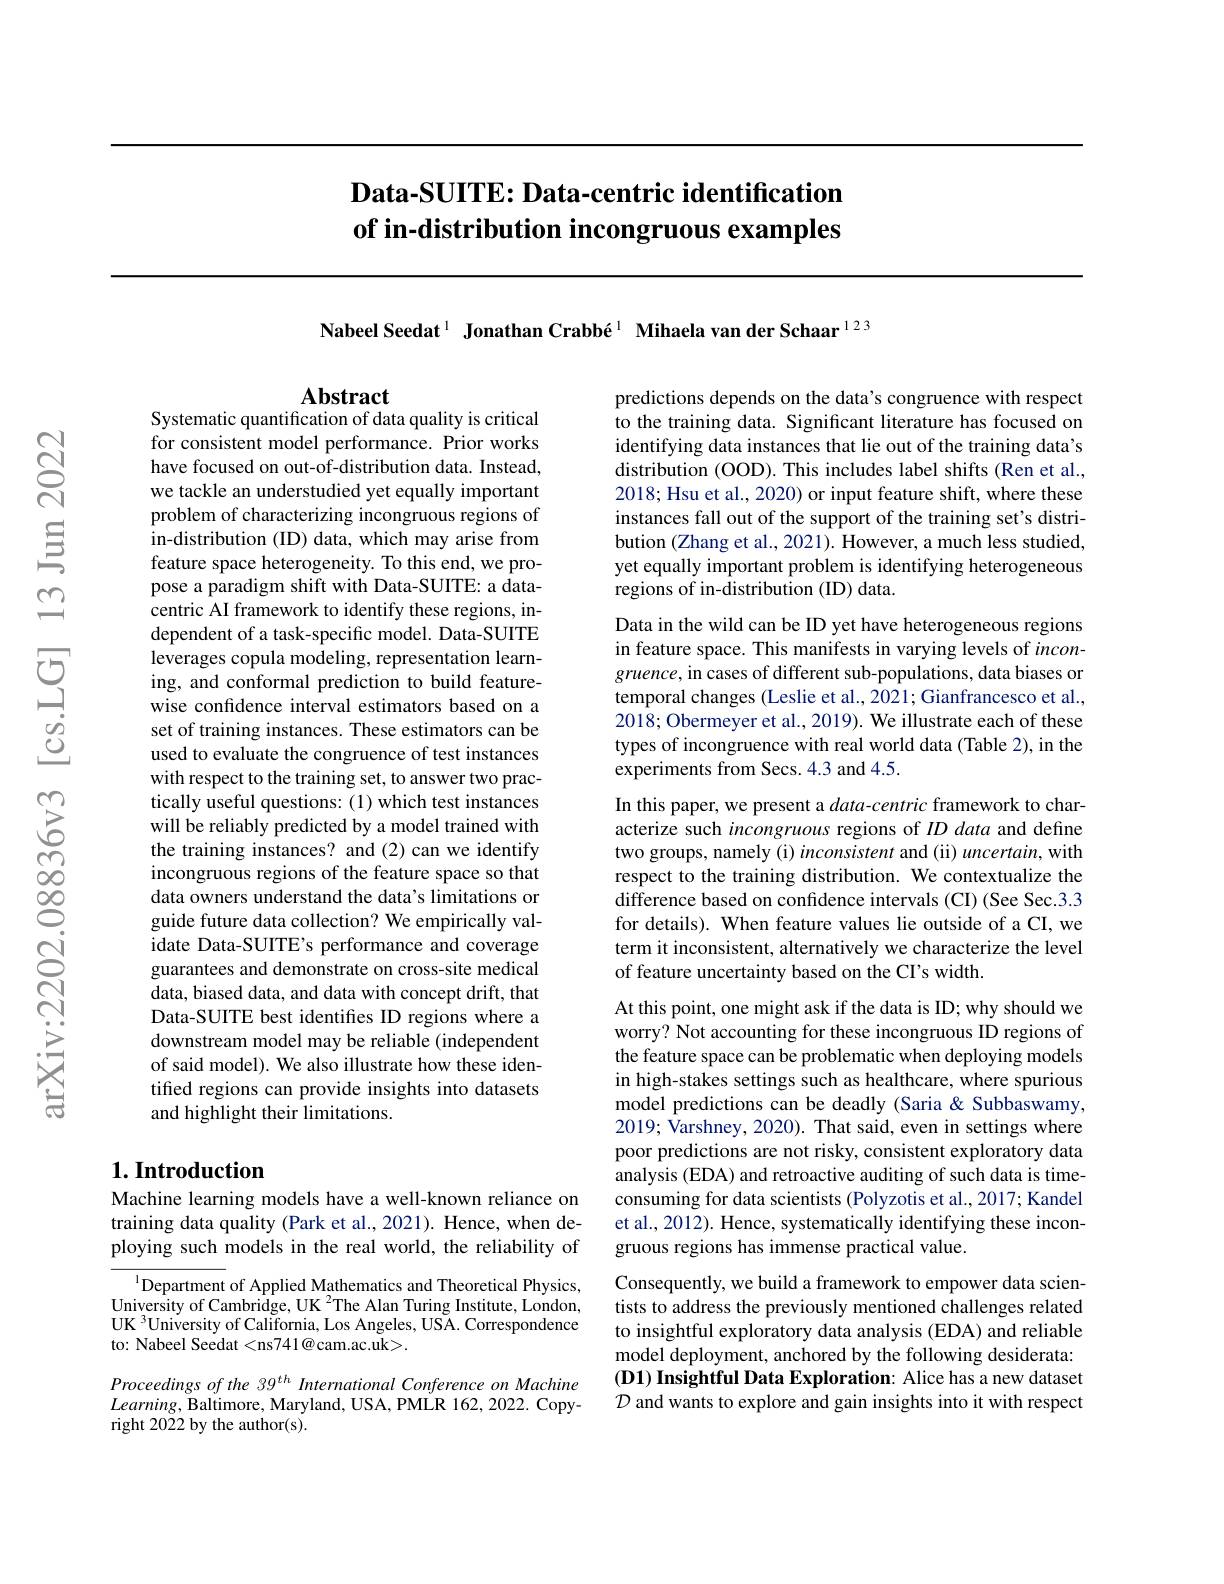
# Data-SUITE: Data-centric identification of in-distribution incongruous examples

Nabeel Seedat $^{1}$ Jonathan Crabbé$^{1}$ Mihaela van der Schaar$^{123}$

## Abstract
Systematic quantification of data quality is critical

predictions depends on the data's congruence with respect to the training data. Significant literature has focused on identifying data instances that lie out of the training data's distribution (OOD). This includes label shifts (Ren et al., 2018; Hsu et al., 2020) or input feature shift, where these instances fall out of the support of the training set's distribution (Zhang et al., 2021). However, a much less studied, yet equally important problem is identifying heterogeneous regions of in-distribution (ID) data.

for consistent model performance. Prior works have focused on out-of-distribution data. Instead, we tackle an understudied yet equally important problem of characterizing incongruous regions of in-distribution (ID) data, which may arise from feature space heterogeneity. To this end, we propose a paradigm shift with Data-SUITE: a datacentric AI framework to identify these regions, independent of a task-specific model. Data-SUITE leverages copula modeling, representation learning, and conformal prediction to build featurewise confidence interval estimators based on a set of training instances. These estimators can be used to evaluate the congruence of test instances with respect to the training set, to answer two practically useful questions: (1) which test instances will be reliably predicted by a model trained with the training instances? and (2)can we identify incongruous regions of the feature space so that data owners understand the data's limitations or guide future data collection? We empirically validate Data-SUITE's performance and coverage guarantees and demonstrate on cross-site medical data, biased data, and data with concept drift, that Data-SUITE best identifies ID regions where a downstream model may be reliable (independent of said model). We also illustrate how these identified regions can provide insights into datasets and highlight their limitations.

## $1. \textbf{Introduction}$

Machine learning models have a well-known reliance on training data quality (Park et al., 2021). Hence, when deploying such models in the real world, the reliability of

$^{1}$Department of Applied Mathematics and Theoretical Physics, University of Cambridge, UK $^2$The Alan Turing Institute, London, UK $^3$University of California, Los Angeles, USA. Correspondence to: Nabeel Seedat <ns741@cam.ac.uk>.

Proceedings of the 39$^{th}$ International Conference on Machine $Learning$,Baltimore, Maryland, USA, PMLR 162, 2022. Copyright 2022 by the author(s).

Data in the wild can be ID yet have heterogeneous regions

in feature space. This manifests in varying levels of incon-

$gruence$, in cases of different sub-populations, data biases or

temporal changes (Leslie et al., 2021; Gianfrancesco et al.,

2018; Obermeyer et al., 2019). We illustrate each of these

types of incongruence with real world data (Table 2), in the

experiments from Secs.4.3 and 4.5.

In this paper, we present a $data-centric$ framework to characterize such incongruous regions of $ID\textit{data and define}$ two groups, namely (i) inconsistent and (ii) uncertain, with respect to the training distribution. We contextualize the difference based on confidence intervals (CI) (See Sec.3.3 for details). When feature values lie outside of a CI, we term it inconsistent, alternatively we characterize the level of feature uncertainty based on the CI's width.

At this point, one might ask if the data is ID; why should we worry? Not accounting for these incongruous ID regions of the feature space can be problematic when deploying models in high-stakes settings such as healthcare, where spurious model predictions can be deadly (Saria & Subbaswamy, 2019; Varshney, 2020). That said, even in settings where poor predictions are not risky, consistent exploratory data analysis (EDA) and retroactive auditing of such data is timeconsuming for data scientists (Polyzotis et al., 2017; Kandel et al., 2012). Hence, systematically identifying these incongruous regions has immense practical value.

Consequently, we build a framework to empower data scientists to address the previously mentioned challenges related to insightful exploratory data analysis (EDA) and reliable model deployment, anchored by the following desiderata: (D1) Insightful Data Exploration: Alice has a new dataset $\mathcal{D}$ and wants to explore and gain insights into it with respect